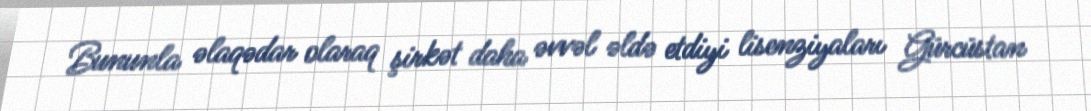
Bununla əlaqədar olaraq şirkət daha əvvəl əldə etdiyi lisenziyaları Gürcüstan